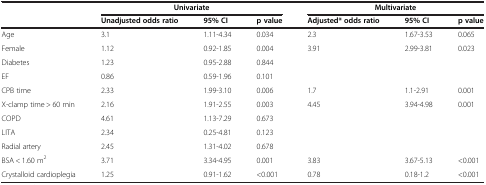
<table><thead><tr><td rowspan="2"><b> </b></td><td colspan="3"><b>Univariate</b></td><td colspan="3"><b>Multivariate</b></td></tr><tr><td><b>Unadjusted odds ratio</b></td><td><b>95% CI</b></td><td><b>p value</b></td><td><b>Adjusted* odds ratio</b></td><td><b>95% CI</b></td><td><b>p value</b></td></tr></thead><tbody><tr><td>Age</td><td>3.1</td><td>1.11-4.34</td><td>0.034</td><td>2.3</td><td>1.67-3.53</td><td>0.065</td></tr><tr><td>Female</td><td>1.12</td><td>0.92-1.85</td><td>0.004</td><td>3.91</td><td>2.99-3.81</td><td>0.023</td></tr><tr><td>Diabetes</td><td>1.23</td><td>0.95-2.88</td><td>0.844</td><td> </td><td> </td><td> </td></tr><tr><td>EF</td><td>0.86</td><td>0.59-1.96</td><td>0.101</td><td> </td><td> </td><td> </td></tr><tr><td>CPB time</td><td>2.33</td><td>1.99-3.10</td><td>0.006</td><td>1.7</td><td>1.1-2.91</td><td>0.001</td></tr><tr><td>X-clamp time &gt; 60 min</td><td>2.16</td><td>1.91-2.55</td><td>0.003</td><td>4.45</td><td>3.94-4.98</td><td>0.001</td></tr><tr><td>COPD</td><td>4.61</td><td>1.13-7.29</td><td>0.673</td><td> </td><td> </td><td> </td></tr><tr><td>LITA</td><td>2.34</td><td>0.25-4.81</td><td>0.123</td><td> </td><td> </td><td> </td></tr><tr><td>Radial artery</td><td>2.45</td><td>1.31-4.02</td><td>0.678</td><td> </td><td> </td><td> </td></tr><tr><td>BSA &lt; 1.60 m<sup>2</sup></td><td>3.71</td><td>3.34-4.95</td><td>0.001</td><td>3.83</td><td>3.67-5.13</td><td>&lt;0.001</td></tr><tr><td>Crystalloid cardioplegia</td><td>1.25</td><td>0.91-1.62</td><td>&lt;0.001</td><td>0.78</td><td>0.18-1.2</td><td>&lt;0.001</td></tr></tbody></table>